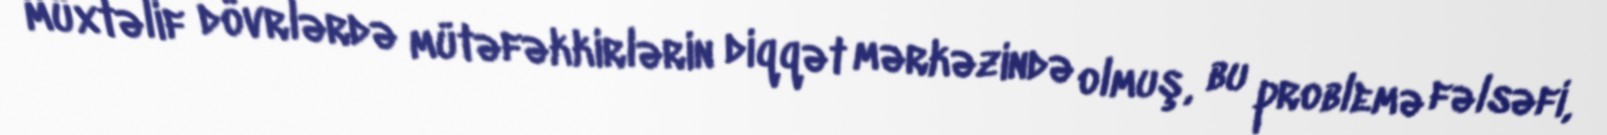
müxtəlif dövrlərdə mütəfəkkirlərin diqqət mərkəzində olmuş, bu problemə fəlsəfi,